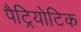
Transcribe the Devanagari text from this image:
पैट्रियोटिक